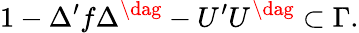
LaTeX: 1-\Delta^{\prime}f\Delta^{\dag}-U^{\prime}U^{\dag}\subset\Gamma.